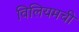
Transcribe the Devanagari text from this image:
विलियमची